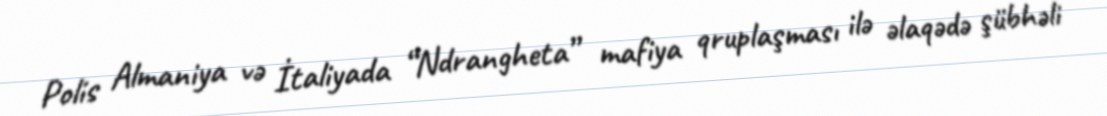
Polis Almaniya və İtaliyada “Ndrangheta” mafiya qruplaşması ilə əlaqədə şübhəli